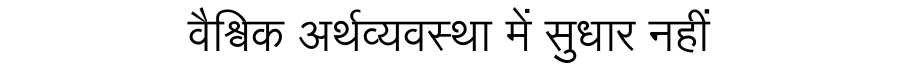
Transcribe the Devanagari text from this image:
वैश्विक अर्थव्यवस्था में सुधार नहीं